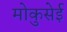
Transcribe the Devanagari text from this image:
मोकुसेई